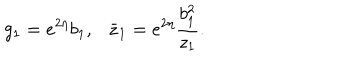
g _ { 1 } = e ^ { 2 \eta } b _ { 1 } , \bar { z } _ { 1 } = e ^ { 2 \eta } \frac { b _ { 1 } ^ { 2 } } { z _ { 1 } } .